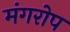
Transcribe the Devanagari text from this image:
मंगरोप